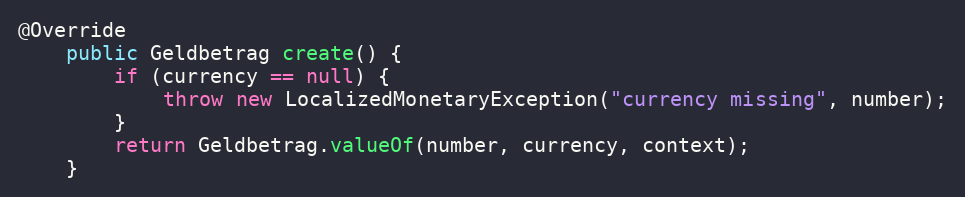
Language: Java
@Override
    public Geldbetrag create() {
        if (currency == null) {
            throw new LocalizedMonetaryException("currency missing", number);
        }
        return Geldbetrag.valueOf(number, currency, context);
    }